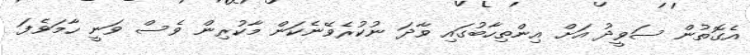
އެގޮތުން ސަވީދު އަށް އިންތިހާބުގައި ވާދަ ނުކުރެވޭނެކަން މާކުރިން ވެސް ވަނީ ހާމަވެފަ